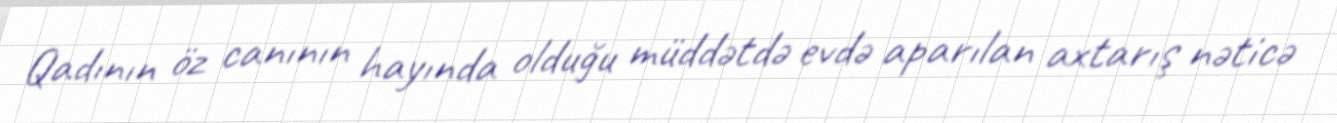
Qadının öz canının hayında olduğu müddətdə evdə aparılan axtarış nəticə